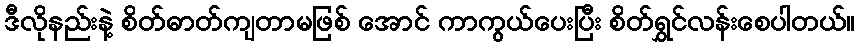
ဒီလိုနည်းနဲ့ စိတ်ဓာတ်ကျတာမဖြစ် အောင် ကာကွယ်ပေးပြီး စိတ်ရွှင်လန်းစေပါတယ်။